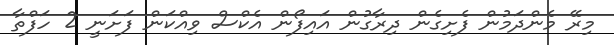
މިރޭ މެންދަމުން ފެށިގެން ދިރާގުން އައިފޯން އެކްސް ވިއްކަން ފަށަނީ 2 ހަފްތާ